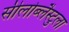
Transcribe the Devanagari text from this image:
सीलोब्लैस्टुला